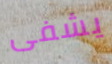
يشفى